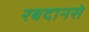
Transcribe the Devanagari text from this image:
रबदानसे